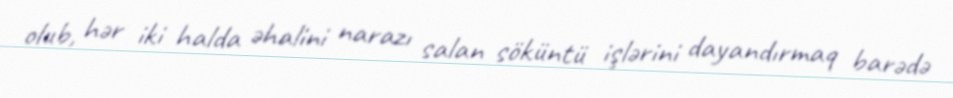
olub, hər iki halda əhalini narazı salan söküntü işlərini dayandırmaq barədə